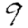
Digit: 9